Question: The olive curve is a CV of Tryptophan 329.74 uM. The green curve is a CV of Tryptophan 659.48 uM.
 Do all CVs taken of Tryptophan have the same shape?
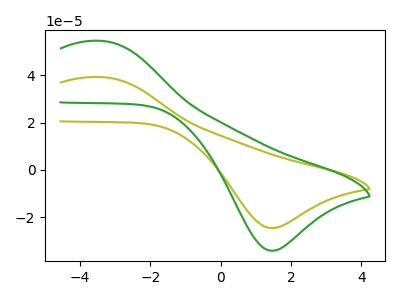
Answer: <think>The olive curve "Tryptophan 329.74 uM" has an anodic peak at (-3.40V, 39.30uA) and a cathodic peak at (1.45V, -24.60uA). The green curve "Tryptophan 659.48 uM" has an anodic peak at (-3.40V, 54.60uA) and a cathodic peak at (1.45V, -34.15uA).
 All the peaks in "Tryptophan 329.74 uM" have a peak in "Tryptophan 659.48 uM" at the same potential. Every peak in "Tryptophan 329.74 uM" is lower than every peak in "Tryptophan 659.48 uM".</think>
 <answer>All the CV's of "Tryptophan" have similar shape.</answer>
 <eval>follow_rule</eval>